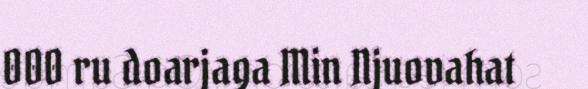
000 ru doarjaga Min Njuovahat